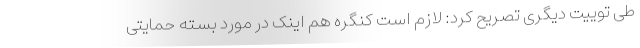
طی توییت دیگری تصریح کرد: لازم است کنگره هم اینک در مورد بسته حمایتی